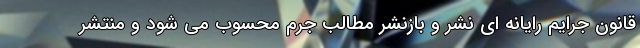
قانون جرایم رایانه ای نشر و بازنشر مطالب جرم محسوب می شود و منتشر